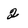
Character: 2